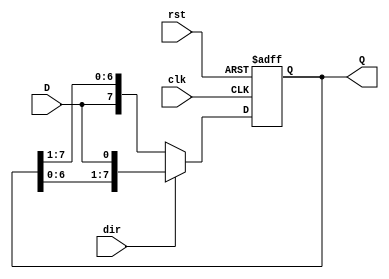
module shift_register #(
    parameter N = 8  // Width of the shift register
)(
    input wire clk,          // Clock signal
    input wire rst,          // Asynchronous reset
    input wire D,            // Data input
    input wire dir,          // Shift direction (1 = left, 0 = right)
    output reg [N-1:0] Q     // Data output
);

    always @(posedge clk or posedge rst) begin
        if (rst) begin
            Q <= {N{1'b0}};  // Reset the register to 0
        end else begin
            if (dir) begin
                // Shift left
                Q <= {Q[N-2:0], D};  // Shift left and insert D at LSB
            end else begin
                // Shift right
                Q <= {D, Q[N-1:1]};  // Shift right and insert D at MSB
            end
        end
    end

endmodule